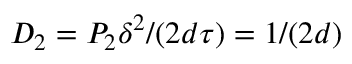
D _ { 2 } = P _ { 2 } \delta ^ { 2 } / ( 2 d \tau ) = 1 / ( 2 d )